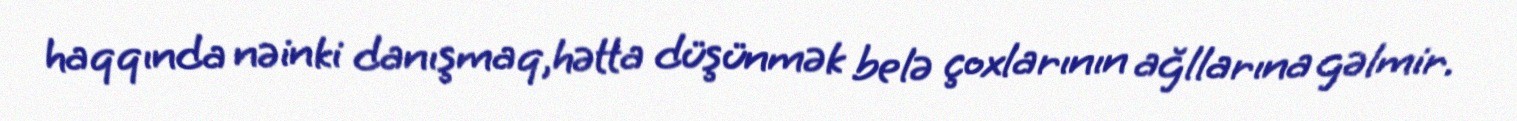
haqqında nəinki danışmaq,hətta düşünmək belə çoxlarının ağllarına gəlmir.